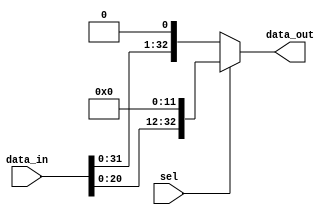
module shift_left_logic(data_in, data_out, sel);
input[32:0] data_in;
input sel;
output[32:0] data_out;

assign data_out = (sel) ? (data_in << 12) : (data_in << 1);

endmodule